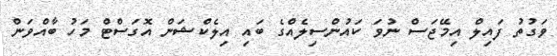
ވަގުތު ފައިލް އިމޭޖަސް ނުވަ ކައުންސިލެއްގެ ބައި އިލެކްޝަން އޮގަސްޓް މަހު ބާއްވަން